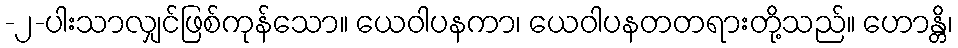
-၂-ပါးသာလျှင်ဖြစ်ကုန်သော။ ယေဝါပနကာ၊ ယေဝါပနတတရားတို့သည်။ ဟောန္တိ၊